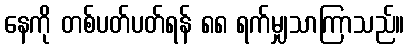
နေကို တစ်ပတ်ပတ်ရန် ၈၈ ရက်မျှသာကြာသည်။